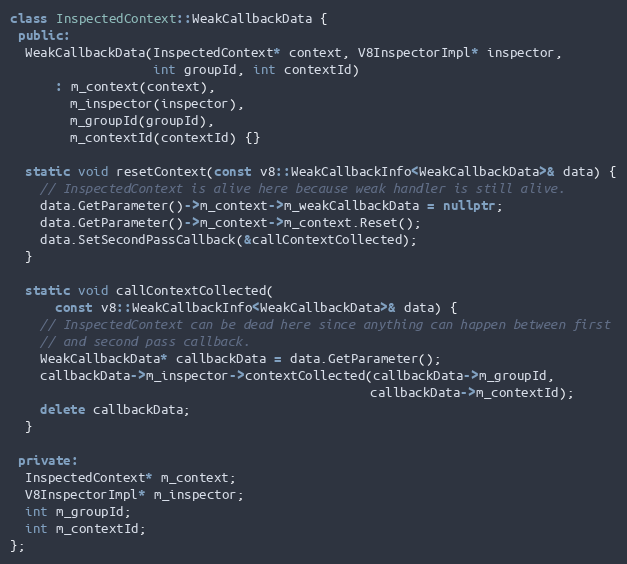
Language: C++
class InspectedContext::WeakCallbackData {
 public:
  WeakCallbackData(InspectedContext* context, V8InspectorImpl* inspector,
                   int groupId, int contextId)
      : m_context(context),
        m_inspector(inspector),
        m_groupId(groupId),
        m_contextId(contextId) {}

  static void resetContext(const v8::WeakCallbackInfo<WeakCallbackData>& data) {
    // InspectedContext is alive here because weak handler is still alive.
    data.GetParameter()->m_context->m_weakCallbackData = nullptr;
    data.GetParameter()->m_context->m_context.Reset();
    data.SetSecondPassCallback(&callContextCollected);
  }

  static void callContextCollected(
      const v8::WeakCallbackInfo<WeakCallbackData>& data) {
    // InspectedContext can be dead here since anything can happen between first
    // and second pass callback.
    WeakCallbackData* callbackData = data.GetParameter();
    callbackData->m_inspector->contextCollected(callbackData->m_groupId,
                                                callbackData->m_contextId);
    delete callbackData;
  }

 private:
  InspectedContext* m_context;
  V8InspectorImpl* m_inspector;
  int m_groupId;
  int m_contextId;
};